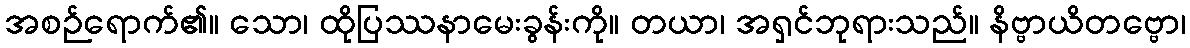
အစဉ်ရောက်၏။ သော၊ ထိုပြဿနာမေးခွန်းကို။ တယာ၊ အရှင်ဘုရားသည်။ နိဗ္ဗာယိတဗ္ဗော၊